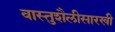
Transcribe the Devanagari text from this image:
वास्तुशैलीसारखी